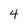
Character: 4